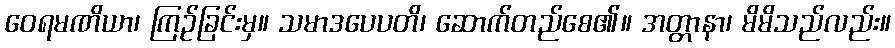
ဝေရမဏိယာ၊ ကြဉ်ခြင်းမှ။ သမာဒပေပတိ၊ ဆောက်တည်စေ၏။ အတ္တာနာ၊ မိမိသည်လည်း။